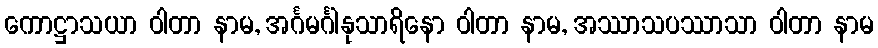
ကောဋ္ဌာသယာ ဝါတာ နာမ, အင်္ဂမင်္ဂါနုသာရိနော ဝါတာ နာမ, အဿာသပဿာသာ ဝါတာ နာမ